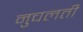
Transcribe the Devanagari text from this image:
नुचलती